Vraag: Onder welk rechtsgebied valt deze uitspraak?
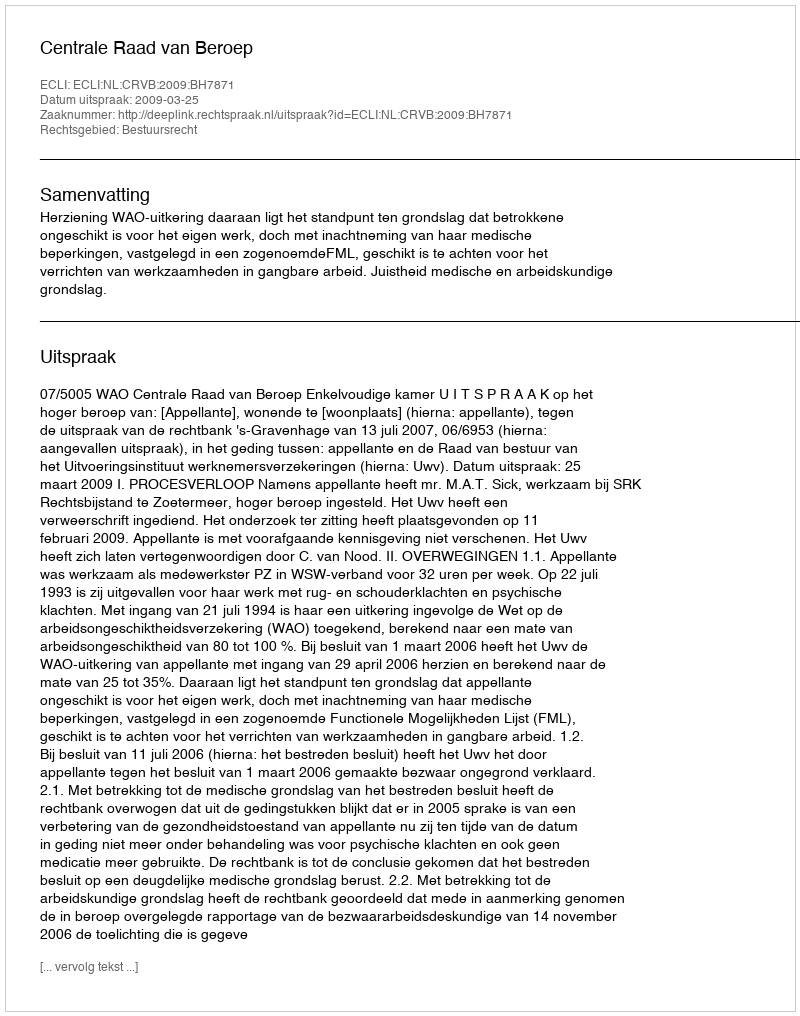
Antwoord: Bestuursrecht